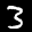
Label: 3